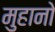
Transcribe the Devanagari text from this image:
मुहानो